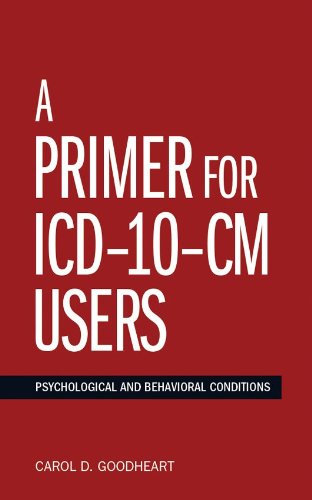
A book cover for A Primer For ICD-10-CM Users: Psychological and Behavioral Conditions (Applications of ICD-10 and ICD-11 to Psychology); Carol D. Goodheart; Medical Books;